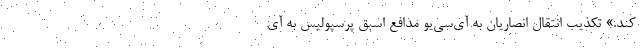
کند.» تکذیب انتقال انصاریان به آی‌سی‌یو مدافع اسبق پرسپولیس به آی